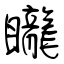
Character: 矓